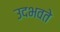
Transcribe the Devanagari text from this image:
उदभवते